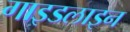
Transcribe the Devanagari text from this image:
गाइडलाइन